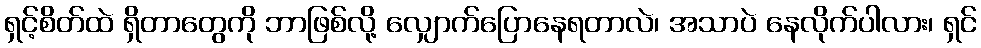
ရှင့်စိတ်ထဲ ရှိတာတွေကို ဘာဖြစ်လို့ လျှောက်ပြောနေရတာလဲ၊ အသာပဲ နေလိုက်ပါလား၊ ရှင်